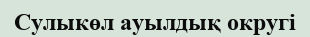
Сулыкөл ауылдық округі